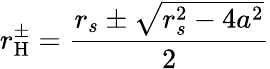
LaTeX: r_{\mathrm{{H}}}^{\pm}={\frac{r_{s}\pm{\sqrt{r_{s}^{2}-4a^{2}}}}{2}}